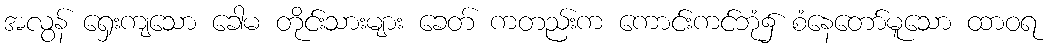
အလွန် ရှေးကျသော ခေါမ တိုင်းသားများ ခေတ် ကတည်းက ကောင်းကင်ဘုံ၌ စံနေတော်မူသော ထာဝရ